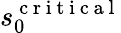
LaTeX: s_{0}^{\mathrm{~c~r~i~t~i~c~a~l~}}